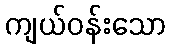
ကျယ်ဝန်းသော